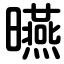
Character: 曣